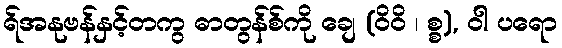
ရ်အနုဗန်နှင့်တကွ ဓာတွန်စ်ကို ချေ (ဝိဝိ ၊ စ္စ), ဝါ ပရော